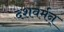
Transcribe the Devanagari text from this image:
दशवर्मन्‌